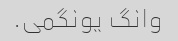
وانگ یونگمی.